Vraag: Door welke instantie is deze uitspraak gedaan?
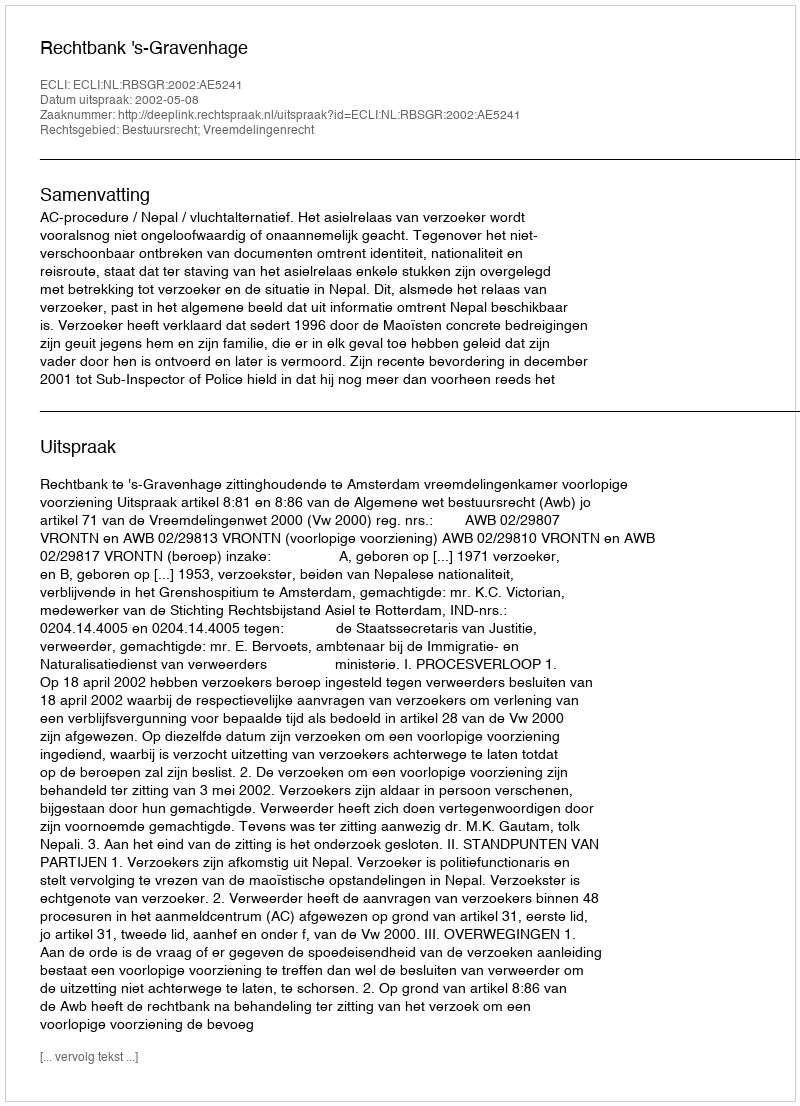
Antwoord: Rechtbank 's-Gravenhage